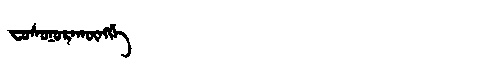
Manchu: ᠸᠣᠰᠣᠨᠣᡵᠠᡴᡡᠩᡤᡝ
Romanization: FOSONORAKŪNGGE